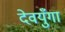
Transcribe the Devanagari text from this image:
देवयुँगा